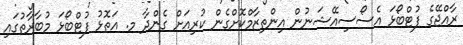
ރާއްޖޭގެ ފުޓްބޯޅަ އެސޯސިއޭޝަނުން އިންތިޒާމްކޮށްގެން ކުރިއަށް ގެންދާ މ. އަތޮޅު ފުޓްބޯޅަ މުބާރާތުގައި